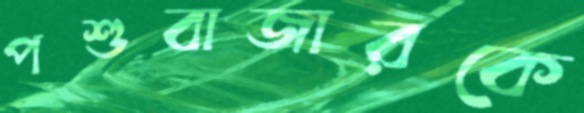
পশুবাজারকে